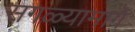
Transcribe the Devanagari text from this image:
सगळ्यामागे